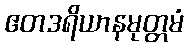
ဧတဒရိယာနမုတ္တမံ